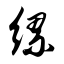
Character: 缧